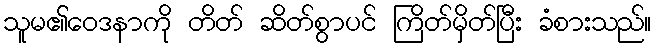
သူမ၏ဝေဒနာကို တိတ် ဆိတ်စွာပင် ကြိတ်မှိတ်ပြီး ခံစားသည်။